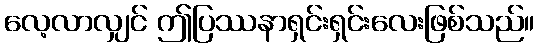
လေ့လာလျှင် ဤပြဿနာရှင်းရှင်းလေးဖြစ်သည်။